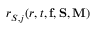
r _ { S , j } ( r , t , { \bf f } , { \bf S } , { \bf M } )